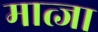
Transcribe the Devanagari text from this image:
मात्जा